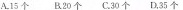
A.15个 B.20个 C.30个 D.35个